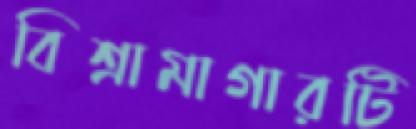
বিশ্রামাগারটি